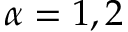
\alpha = 1 , 2